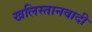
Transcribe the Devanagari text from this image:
खलिस्तानवादी